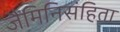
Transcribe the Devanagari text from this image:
जैमिनिसंहिता